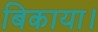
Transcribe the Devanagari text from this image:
बिकाया।